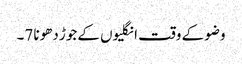
وضو کے وقت انگلیوں کےجوڑ دھونا 7۔